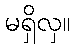
မရှိလှ။